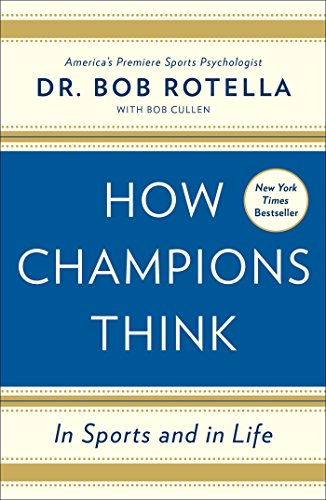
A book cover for How Champions Think: In Sports and in Life; Dr. Bob Rotella; Health, Fitness & Dieting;